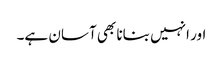
اور انہیں بنانا بھی آسان ہے۔